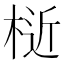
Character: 𣔅